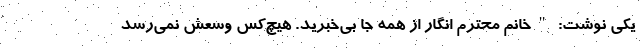
یکی نوشت: "خانم محترم انگار از همه جا بی‌خبرید. هیچ‌کس وسعش نمی‌رسد